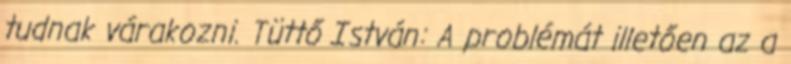
tudnak várakozni. Tüttő István: A problémát illetően az a